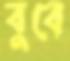
বুবে